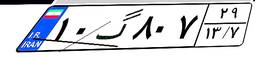
۱۰گ۸۰۷۲۹